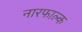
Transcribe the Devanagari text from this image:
नारफाल्क